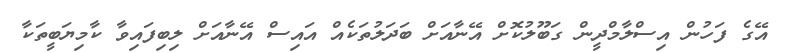
އޭގެ ފަހުން އިސްލާމްދީން ގަބޫލުކޮށް އޭނާއަށް ބަދަލުތަކެއް އައިސް އޭނާއަށް ލިބިފައިވާ ކާމިޔަބީތަކާ